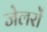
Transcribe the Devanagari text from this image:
जेलरों